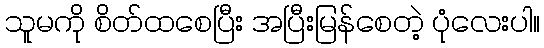
သူမကို စိတ်ထစေပြီး အပြီးမြန်စေတဲ့ ပုံလေးပါ။